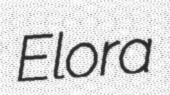
Elora